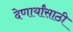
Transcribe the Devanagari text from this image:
देणार्यांसाठी